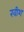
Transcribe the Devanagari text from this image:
खीश